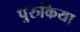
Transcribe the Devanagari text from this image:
पुरुकिया